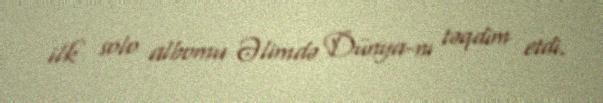
ilk solo albomu Əlimdə Dünya-nı təqdim etdi.